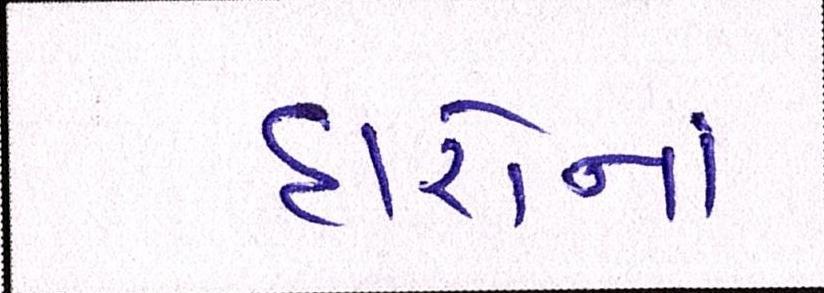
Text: દારોનાં